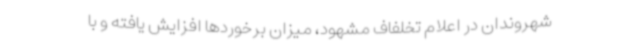
شهروندان در اعلام تخلفاف مشهود، میزان برخوردها افزایش یافته و با